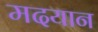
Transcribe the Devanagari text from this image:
मदयान